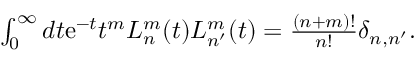
\begin{array} { r } { \int _ { 0 } ^ { \infty } d t \mathrm { e } ^ { - t } t ^ { m } L _ { n } ^ { m } ( t ) L _ { n ^ { \prime } } ^ { m } ( t ) = \frac { ( n + m ) ! } { n ! } \delta _ { n , n ^ { \prime } } . } \end{array}